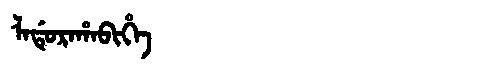
Manchu: ᠯᠠᡩᡠᡵᠠᡥᠠᠪᡳᡥᡝ
Romanization: LADURAHABIHE